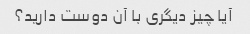
آیا چیز دیگری با آن دوست دارید؟